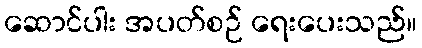
ဆောင်ပါး အပတ်စဉ် ရေးပေးသည်။